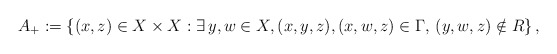
\begin{align*}A_{+} : = \left\{ (x,z) \in X\times X : \exists \, y, w \in X, (x,y,z), (x,w,z) \in \Gamma, \, (y,w,z) \notin R \right\},\end{align*}